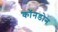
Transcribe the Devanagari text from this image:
कॉनडोन